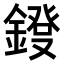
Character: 𨫁